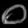
Digit: ၀